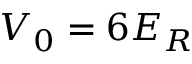
V _ { 0 } = 6 E _ { R }